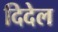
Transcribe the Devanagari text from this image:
दिदेल